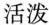
活泼